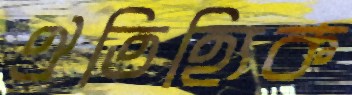
ঐতিহ্যিক